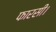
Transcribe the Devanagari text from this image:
फारसी।